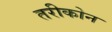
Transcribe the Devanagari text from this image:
तरीकोन